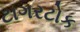
ટાગરટોક